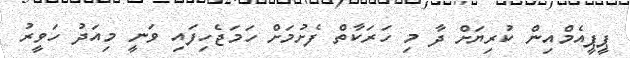
ޕީޕީއެމްއިން ކުރިޔަށް ދާ މި ހަރަކާތް ފެށުމަށް ހަމަޖެހިފައި ވަނީ މިއަދު ހަވީރު